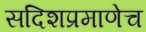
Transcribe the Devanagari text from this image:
सदिशप्रमाणेच